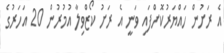
އެ ރަށުން ހައްޔަރުކޮށްފައި ވަނީ އެ ރަށު ކޯޒްވިލާ އުމުރުން 20 އަހަރުގެ